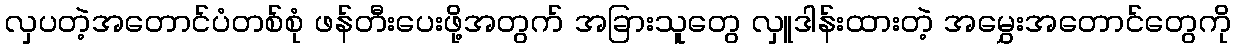
လှပတဲ့အတောင်ပံတစ်စုံ ဖန်တီးပေးဖို့အတွက် အခြားသူတွေ လှူဒါန်းထားတဲ့ အမွှေးအတောင်တွေကို